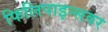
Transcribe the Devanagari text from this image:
फिलिपाइन्सवर